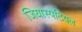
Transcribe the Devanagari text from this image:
जियोस्पेटियल